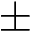
\pm